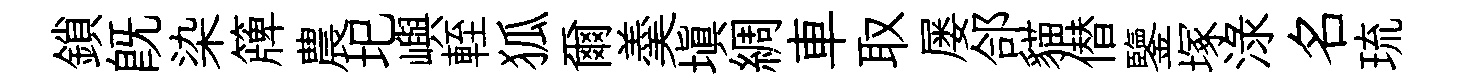
鎖既染簰農圯嶼輊狐爾羮填綢車取屡郃貓僣鑒塚渌名琉